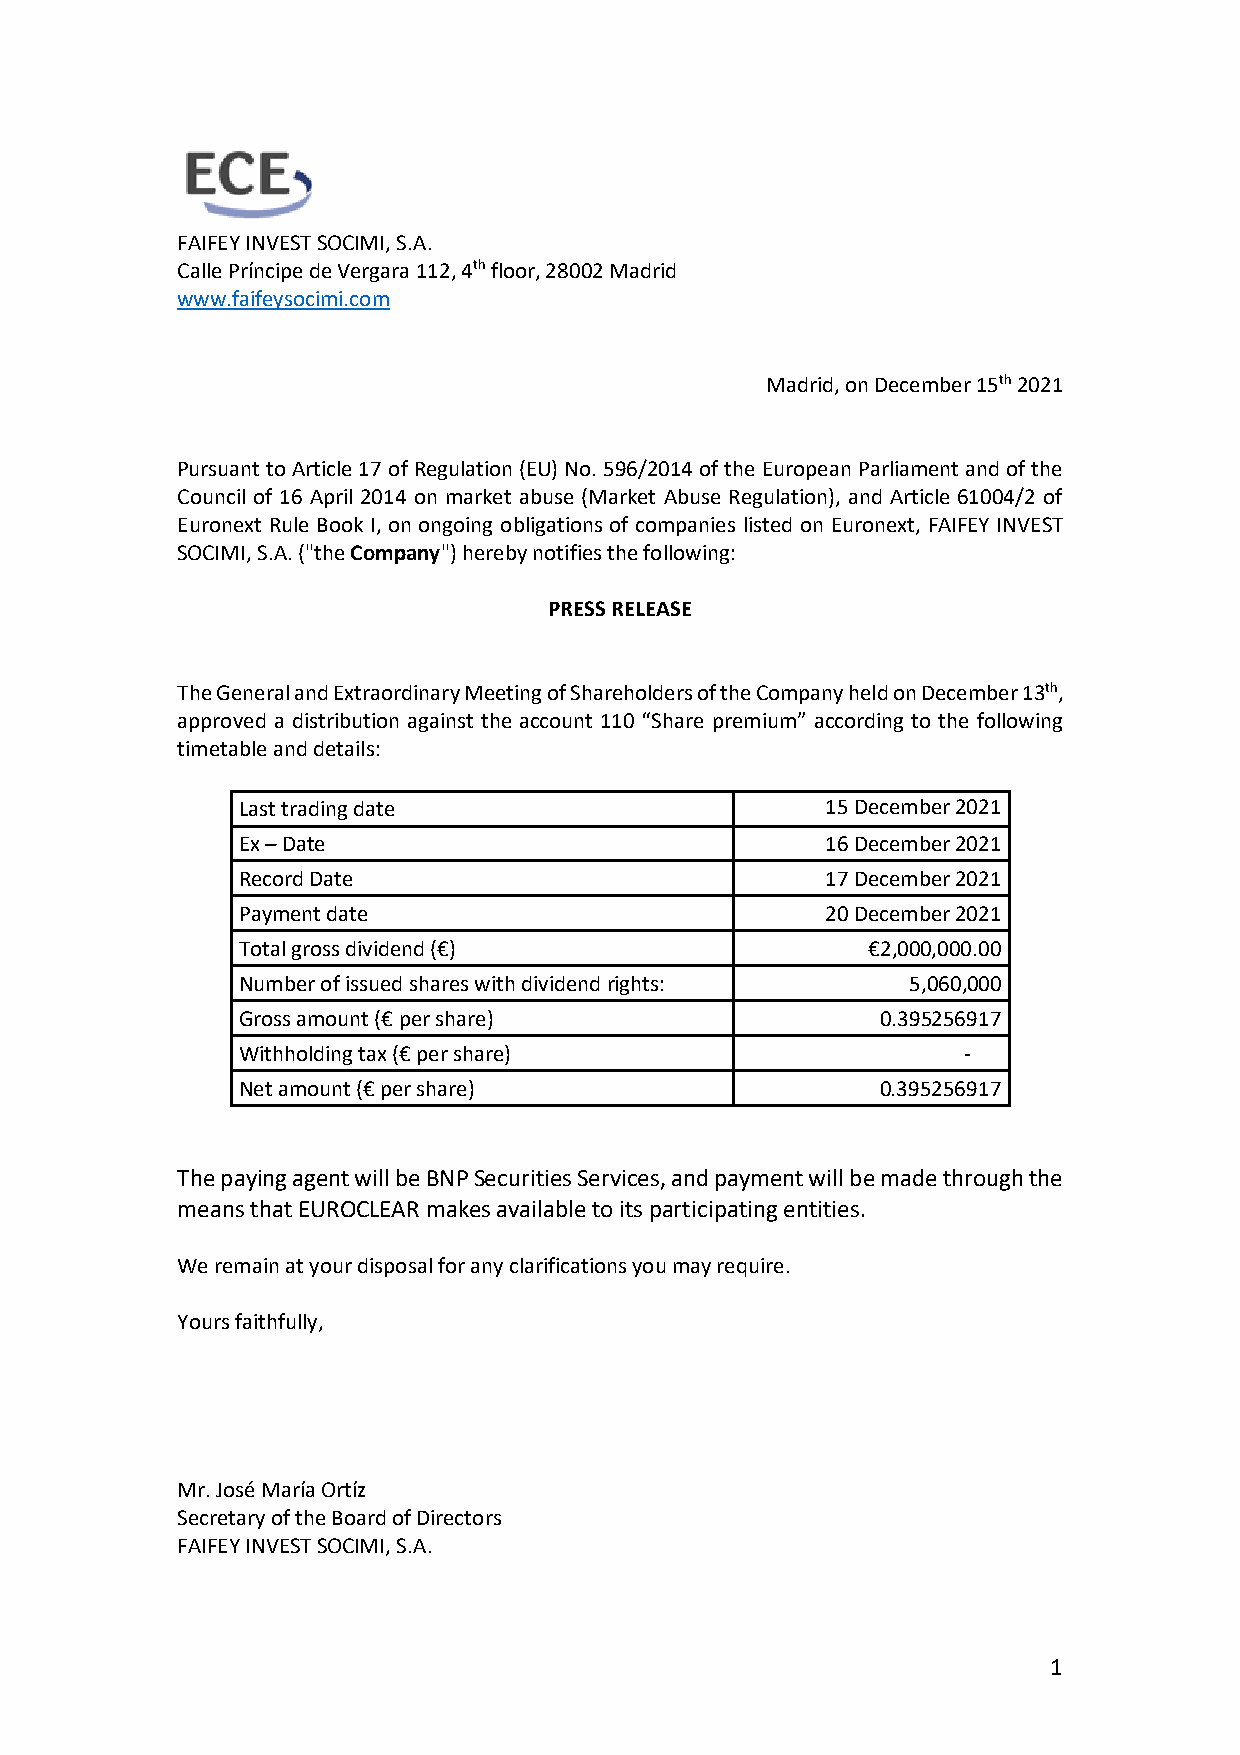
FAIFEY INVEST SOCIMI, S.A.
 Calle Príncipe de Vergara 112, 4th floor, 28002 Madrid
 www.faifeysocimi.com
 Madrid, on December 15th 2021
 Pursuant to Article 17 of Regulation (EU) No. 596/2014 of the European Parliament and of the
 Council of 16 April 2014 on market abuse (Market Abuse Regulation), and Article 61004/2 of
 Euronext Rule Book I, on ongoing obligations of companies listed on Euronext, FAIFEY INVEST
 SOCIMI, S.A. ("the Company") hereby notifies the following:
 PRESS RELEASE
 The General and Extraordinary Meeting of Shareholders of the Company held on December 13th,
 approved a distribution against the account 110 “Share premium” according to the following
 timetable and details:
 Last trading date                      15 December 2021
 Ex – Date                              16 December 2021
 Record Date                            17 December 2021
 Payment date                           20 December 2021
 Total gross dividend (€)                 €2,000,000.00
 Number of issued shares with dividend rights: 5,060,000
 Gross amount (€ per share)                0.395256917
 Withholding tax (€ per share)                   -
 Net amount (€ per share)                  0.395256917
 The paying agent will be BNP Securities Services, and payment will be made through the
 means that EUROCLEAR makes available to its participating entities.
 We remain at your disposal for any clarifications you may require.
 Yours faithfully,
 Mr. José María Ortíz
 Secretary of the Board of Directors
 FAIFEY INVEST SOCIMI, S.A.
 1